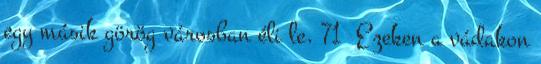
egy másik görög városban éli le. 71 Ezeken a vádakon